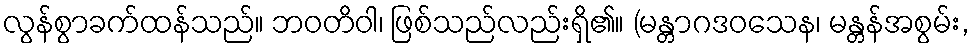
လွန်စွာခက်ထန်သည်။ ဘဝတိဝါ၊ ဖြစ်သည်လည်းရှိ၏။ (မန္တာဂဒဝသေန၊ မန္တန်အစွမ်း,